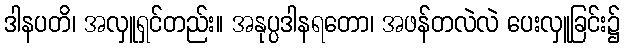
ဒါနပတိ၊ အလှူရှင်တည်း။ အနုပ္ပဒါနရတော၊ အဖန်တလဲလဲ ပေးလှူခြင်း၌